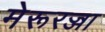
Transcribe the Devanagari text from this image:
मेरूरज्जा